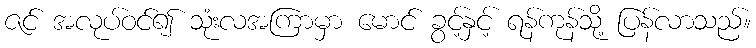
ဇင် အလုပ်ဝင်၍ သုံးလအကြာမှာ မောင် ခွင့်နှင့် ရန်ကုန်သို့ ပြန်လာသည်။